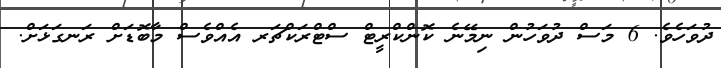
ދުވަހެވެ. 6 މަސް ދުވަހުން ނިމޭނެ ކޮންކްރީޓް ސްޓްރަކްޗަރ އެއްވެސް މާބޮޑަށް ރަނގަޅަށް.